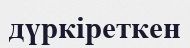
дүркіреткен